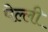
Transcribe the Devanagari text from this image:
पेल्ली